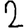
Digit: 2